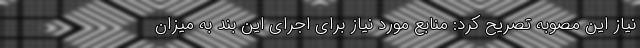
نیاز این مصوبه تصریح کرد: منابع مورد نیاز برای اجرای این بند به میزان